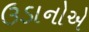
ઉડાનોએ